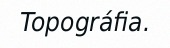
Topográfia.